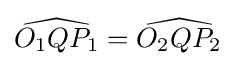
{\widehat {O_{1}QP_{1}}}={\widehat {O_{2}QP_{2}}}